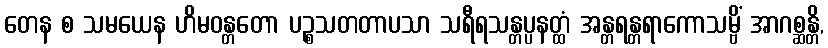
တေန စ သမယေန ဟိမဝန္တတော ပဉ္စသတတာပသာ သရီရသန္တပ္ပနတ္ထံ အန္တရန္တရာကောသမ္ဗိံ အာဂစ္ဆန္တိ,